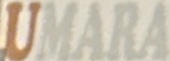
UMARA